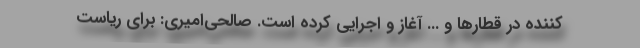
کننده در قطارها و ... آغاز و اجرایی کرده است. صالحی‌امیری: برای ریاست